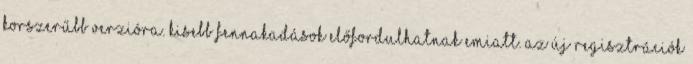
korszerűbb verzióra. Kisebb fennakadások előfordulhatnak emiatt. Az új regisztrációk